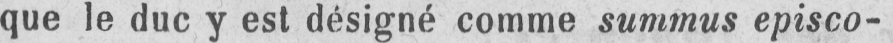
que le duc y est désigné comme summus episco-